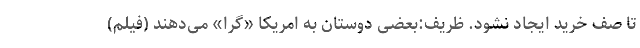
تا صف خرید ایجاد نشود. ظریف:بعضی دوستان به امریکا «گرا» می‌دهند (فیلم)